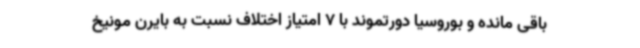
باقی مانده و بوروسیا دورتموند با 7 امتیاز اختلاف نسبت به بایرن مونیخ